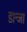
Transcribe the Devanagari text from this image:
डान्जा